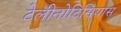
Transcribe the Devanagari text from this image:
टेलीनोटिसियास